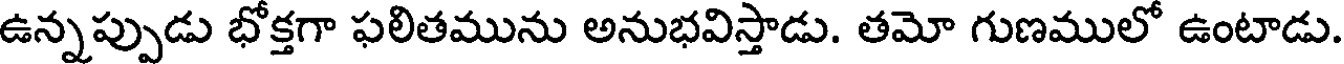
ఉన్నప్పుడు భోక్తగా ఫలితమును అనుభవిస్తాడు. తమో గుణములో ఉంటాడు.